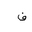
Letter: _fa